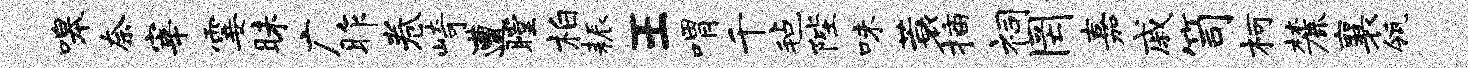
嗥奈宰霎昧广昨卷崎遭瞠柏耨王喟千毡陛味蓑插祠罔嘉戚笥柯麓襄瓴